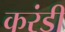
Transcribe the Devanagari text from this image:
करंडी